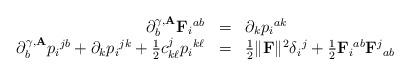
LaTeX: \begin{align*}\begin{array}{rll}\partial^{\gamma,\mathbf{A}}_b\mathbf{F}{_i}^{ab} & = & \partial_kp{_i}^{ak} \\\partial^{\gamma,\mathbf{A}}_bp{_i}^{jb} + \partial_kp{_i}^{jk} + \frac{1}{2}c^j_{k\ell}p{_i}^{k\ell} & = & \frac{1}{2}\|\mathbf{F}\|^2\delta{_i}^j+ \frac{1}{2}\mathbf{F}{_i}^{ab}\mathbf{F}{^j}_{ab} \end{array}\end{align*}